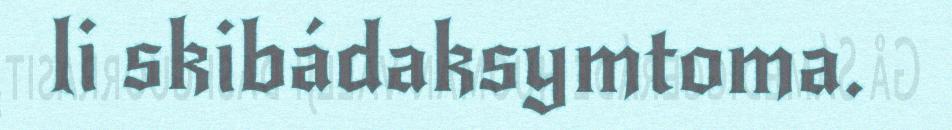
li skibádaksymtoma.